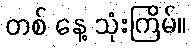
တစ် နေ့ သုံးကြိမ်။